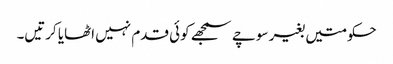
حکومتیں بغیر سوچے سمجھے کوئی قدم نہیں اٹھایا کرتیں۔